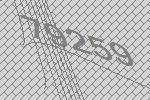
79259